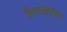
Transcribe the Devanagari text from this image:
हिस्टोलिसिस